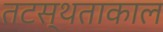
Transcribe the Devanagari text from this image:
तटस्थताकाल